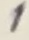
Text: 1